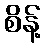
စိန့်